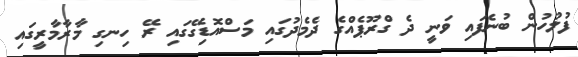
ފުލުހުން ބުނެފައި ވަނީ ދެ ގްރޫޕެއްގެ ދެމެދުގައި މަސްއޮޑިގޭގައި ރޭ ހިނގި މާރާމާރީގައި